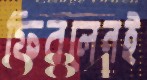
ফিরলেনই